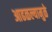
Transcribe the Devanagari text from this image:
आढळल्यामुळे